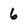
Character: 6